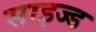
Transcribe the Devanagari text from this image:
साइज्ड